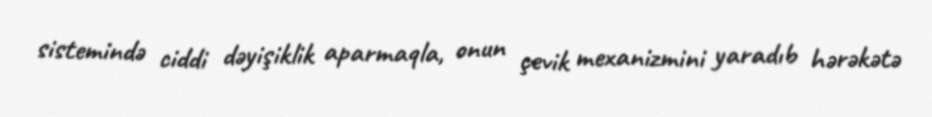
sistemində ciddi dəyişiklik aparmaqla, onun çevik mexanizmini yaradıb hərəkətə